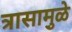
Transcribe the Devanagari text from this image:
त्रासामु़ळे